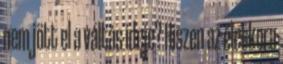
nem jött el a váltás ideje? Hiszen az életkora